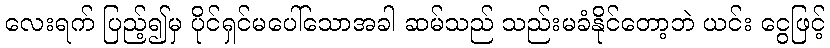
လေးရက် ပြည့်၍မှ ပိုင်ရှင်မပေါ်သောအခါ ဆမ်သည် သည်းမခံနိုင်တော့ဘဲ ယင်း ငွေဖြင့်